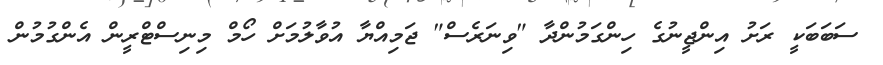
ސަބަބަކީ ރަށު އިންޖީނުގެ ހިންގަމުންދާ "ވިނަރެސް" ޖަމިއްޔާ އުވާލުމަށް ހޯމް މިނިސްޓްރީން އެންގުމުން